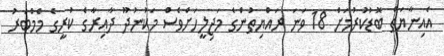
އެއިނާޔަތް ބޮޑުކުރުމަށް 18 ވަނަ ރައްޔިތުންގެ މަޖިލީހަށްވެސް މަކުނުދޫ ދާއިރާގެ ކުރީގެ މެމްބަރު